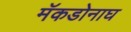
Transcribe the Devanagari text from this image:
मॅकडोनाघ